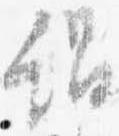
謂